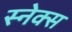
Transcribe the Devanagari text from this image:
स्नेक्स